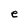
Character: e